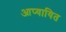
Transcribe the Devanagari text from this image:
आप्यायित